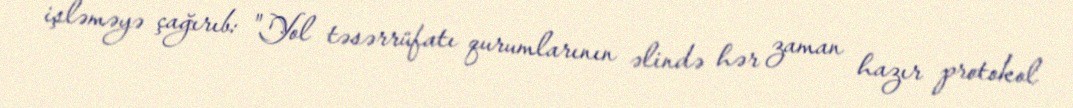
işləməyə çağırıb: "Yol təsərrüfatı qurumlarının əlində hər zaman hazır protokol